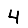
Digit: 4